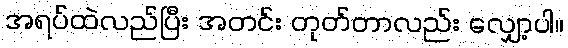
အရပ်ထဲလည်ပြီး အတင်း တုတ်တာလည်း လျှော့ပါ။